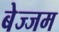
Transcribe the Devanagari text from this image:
बेज्जम